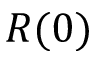
R ( 0 )